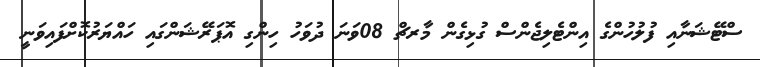
ސްޓޭޝަނާއި ފުލުހުންގެ އިންޓެލިޖެންސް ގުޅިގެން މާރޗް 08ވަނަ ދުވަހު ހިންގި އޮޕަރޭޝަންގައި ހައްޔަރުކޮށްފައިވަނީ